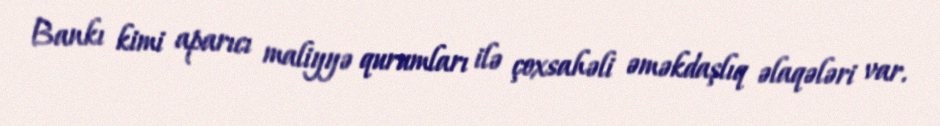
Bankı kimi aparıcı maliyyə qurumları ilə çoxsahəli əməkdaşlıq əlaqələri var.